Calcutta medical institutions reports 1871-78
Year: 1871
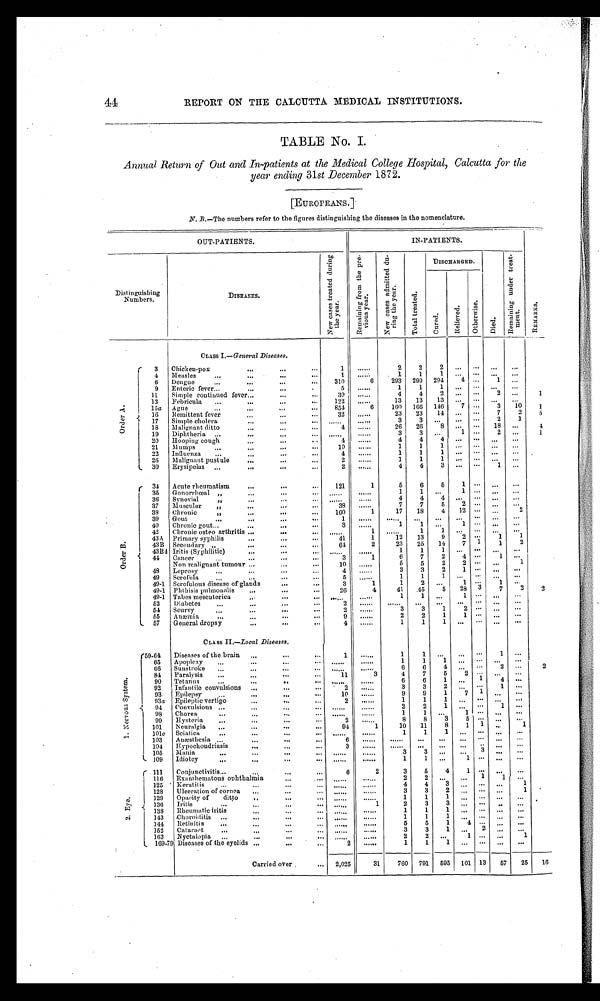
44
REPORT ON THE CALCUTTA MEDICAL INSTITUTIONS.
TABLE No. I.
Annual Return of Out and In-patients at the Medical College Hospital, Calcutta for the
year ending 31st December 1872.
[EUROPEANS.]
N. B.—The numbers refer to the figures distinguishing the diseases in the nomenclature.
OUT-PATIENTS.
IN-PATIENTS.
Dis tinguishing
Numbers.
DISEASES.
N e w c a s e s t r e a t e d d u r i n g t h e y e a r .
R e m a i n i n g f r o m t h e p r e v i o u s y e a r s . N e w c a s e s a d m i t t e d d u r i n g t h e y e a r .
T o t a l t r e a t e d .
DISCHARGED.
D i e d .
R e m a i n i n g u n d e r t r e a t m e n t .
R E M A R K S .
C u r e d .
R e l i e v e d .
O t h e r w i s e .
O r d e r A .
CLASS I.—General Diseases.
3 Chicken-pox
...
...
. . .
1 ......
2 2 2
. . . . . . . . . . . .
4 Measles
...
...
. . .
...
1 ......
1 1
1 . . . . . . . . . . . .
6 Dengue
...
...
. . .
... 310
6 293 299 294 4 . . . 1 . . .
9 Enteric fever...
...
...
. . . 5 ......
1 1
1
. . . . . . . . . . . .
11 Simple continued fever...
...
. . . 39 ......
4 4
2
. . . . . . 2 . . .
1
12 Febricula ...
...
...
... 122 ......
13 13 13 ...
. . .
. . .
...
15a Ague
...
...
... 854
6 160 166 146
7 . . . 3 10
1
16 Remittent fever ... ...
. . .
. . . 32 ......
23 23 14 ...
. . . 7 2 5
17 Simple cholera
...
. . .
...
. . . . . . ......
3
3
. . . . . . . . . 2 1
18 Malignant ditto
...
...
. . .
4 ......
26 26
8 . . . . . . 1 8
. . . 4
19 Diphtheria ...
...
. . .
. . .
. . . . . . ......
3 3 ...
1 . . . 2
. . . 1
20 Hooping cough
...
...
4 ......
4 4
4
. . . . . . . . .
. . .
1
21 Mumps
...
...
...
...
10 ......
1 1
1 . . . . . . . . .
. . .
22 Influenza ... ...
...
...
4 ......
1 1 1
. . . . . . . . .
. . .
26 Malignant pustule ...
...
...
2 ......
1 1 1
. . . . . . . . .
. . .
30 Erysipelas ...
. . .
...
2 ......
4 4
3 . . . . . . 1
. . .
O r d e r B .
34 Acute rheumatism
...
...
... 121
1
5 6 5
1 . . . . . .
. . .
. . .
35 Gonorrhœal ,,
. . .
. . .
. . . . . .
. . . . . .
1
1
. . . 1 . . . . . .
...
36 Synovial
, , . . .
. . .
. . . ...... ......
4 4
4 . . . . . . ... ...
37 Muscular ,, ...
. . .
...
38 ......
7 7 5 2 . . . . . .
. . .
38 Chronic
,, ...
...
. . . 160
1
17 18 4
1 2 . . . . . .
2
39 Gout
...
...
...
. . .
1
. . . . . . ...... ... ... ...
. . . ...
. . .
40 Chronic gout....
. . .
. . .
3 ......
1
1
. . . 1 . . . . . . . . .
42 Chronic osteo arthritis ...
...
. . . ......
1
. . . . . . 1 1
. . . . . . . . .
. . .
43A Primary syphilis
...
. . .
...
41
1
12 13 9 2 . . . 1
1
43B Secondary ,,
...
. . .
...
64
2
23 25 14
7 1 1
2
43B4 Iritis (SyPhililic)
...
...
...
. . . . . .
. . . . . .
1 1
1
. . . . . . . . .
. . .
44 Cancer...
...
...
...
3
1
6
7
2
4 . . . 1
. . .
Non malignant tumour ...
. . .
. . . 10 ......
5 5 2
2 . . . . . . 1
48 Leprosy ...
...
. . .
...
4 ......
3 3 2 1 . . . . . .
. . .
49 Scrofula...
...
...
5 ......
1 1
1
. . . . . . . . .
. . .
49-1 Scrofulous disease of glands
...
...
3
1
1
2
. . .
1 . . .
1
. . .
49-1 Pitthisis pulmonalis ...
...
. . . 26
4
41 45 5 28 3 7
2 2
49-1 Tabes mesenterica
...
...
. . .
. . . . . . ......
1 1 ...
1 . . . . . . . . .
52 Diabetes...
... ...
. . .
2 ......
. . .
. . .
. . .
. . . . . . . . .
. . .
54 Scurvy
...
...
. . .
2 ......
3 3 1
2 . . . . . .
. . .
55 Anæmia ...
...
...
...
9 ......
2 2 1 1 . . . . . .
. . .
57 General dropsy
...
...
. . .
4 ......
1 1
1
. . . . . . . . .
. . .
CLASS II. — L o c a l D i s e a s e s .
1 . N e r v o u s S y s t e m .
59-64 Diseases of the brain ...
...
...
1 ......
1
1
. . .
. . . . . . 1
. . .
65 Apoplexy ... ...
...
...
. . . . . .
......
1 1 1 ...
. . . ...
. . .
66 Sunstroke... ...
. . .
. . .
. . . . . .
......
6 6
4
. . . . . . 2
. . .
84 Paralysis ...
...
. . .
...
11
3
4 7 5
2 . . . ...
. . .
90 Tetanus
...
... ...
...
. . . . . .
. . . . . .
6 6 1
. . . 1 4 . . .
92 Infantile convulsions ...
. . .
. . .
2 ......
3 3
2
. . . . . . 1
. . .
9 3 Epilepsy ...
...
. . .
...
10 ......
9
9
1
7 1 ...
. . .
93a Epileptic vertigo
...
...
2 ......
1
1
1 . . .
. . . . . .
. . .
94 Convulsions ...
...
. . .
. . .
. . . . . .
......
2 2
1 . . .
. . . 1 . . .
98 Chorea
...
. . .
. . .
. . . . . .
......
11
...
1 . . . . . .
. . .
99 Hysteria ...
...
. . .
...
2 ......
8
8
3 5
. . . . . .
. . .
101 Neuralgia ...
. . .
...
94
1
10 11 8
1 1 ...
1
101c Sciatica
...
...
. . .
...
. . . . . .
. . . . . .
1
1 1
. . . . . . . . .
. . .
103 A næsthesia ...
. . .
. . .
6 ...... ...... ... ... ... . . . . . .
. . .
104 Hypochoudriasis ...
...
...
3
. . . . . .
. . . . .
. . . ... ... . . . ...
. . .
105 Mania
... ...
. . .
. . .
. . . . . .
. . . . .
3
3
. . .
. . . 3 . . .
. . .
109 Idiotcy
... ...
. . .
...
. . . . . .
. . . . . .
1
1
. . .
1 . . . ...
. . .
2 . E y e .
111 Conjunctivitis...
. . .
. . .
6 2
3
5
4 1
. . . . . .
. . .
116
Exanthematous ophthalmia
...
... ...... ...... 2
2
. . .
. . . 1 1 ...
125 Keratitis ... ...
...
...
. . . . . .
. . . . . . 4
4
3
. . . . . . . . .
1
128 Ulceration of cornea...
. . .
. . . ......
. . . . 3
3
2
... . . . . . .
1
129 Opacity of ditto ..
...
...
. . . . . .
. . . . . . 1
1 1
. . . . . . . . .
. . .
130 Iritis...
...
. . . ......
1 2
3 3 ...
. . . . . .
. . .
138 Rheumatic iritis
...
. . .
... ......
. . . . 1
1 1
. . . . . . . . . . ...
143 Choroiditis...
...
...
. . . ......
. . . . . . 1
1 1
... . . . . . .
. . .
144 Retinitis ...
...
...
. . .
. . . . . .
. . . . . . 5
5
1 4
. . .
. . .
. . .
152 Cataraet ... ...
...
. . .
. . . . . .
. . . . . . 3
3
1
... 2
... ...
163 Nyctalopia
. . . . . .
. . .
. . .
. . . . . .
. . . . . . . 2
2
. . .
1 . . .
. . .
1
1, 169-79 Diseases of the eyelids ...
...
. . .
2 ...... 1
1 1
. . . . . . ... ...
Carried over
... 2,025
31 760 791 695 101 13 5 7 25 16